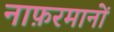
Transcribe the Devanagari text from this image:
नाफ़रमानों